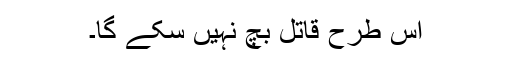
اس طرح قاتل بچ نہیں سکے گا۔